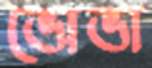
ভোভা